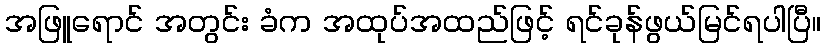
အဖြူရောင် အတွင်း ခံက အထုပ်အထည်ဖြင့် ရင်ခုန်ဖွယ်မြင်ရပါပြီ။